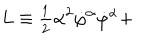
L \equiv \frac { _ 1 } { ^ 2 } \alpha ^ { 2 } \dot { \varphi } ^ { \alpha } \dot { \varphi } ^ { \alpha } +